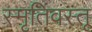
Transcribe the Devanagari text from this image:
स्मृतिवस्तू